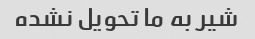
شیر به ما تحویل نشده